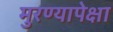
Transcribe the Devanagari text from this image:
मुरण्यापेक्षा